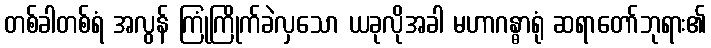
တစ်ခါတစ်ရံ အလွန် ကြုံကြိုက်ခဲလှသော ယခုလိုအခါ မဟာဂန္ဓာရုံ ဆရာတော်ဘုရား၏